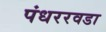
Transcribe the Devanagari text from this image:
पंधररवडा